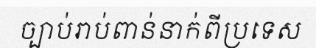
ច្បាប់រាប់ពាន់នាក់ពីប្រទេស